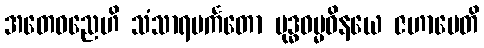
အတေဝညေဟိ သံသာရပင်္ကတော ဗုဒ္ဓဓမ္မဝိနယေ ဇဟာပေတိ